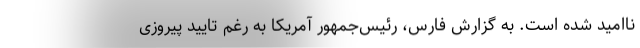
ناامید شده است. به گزارش فارس، رئیس‌جمهور آمریکا به رغم تایید پیروزی